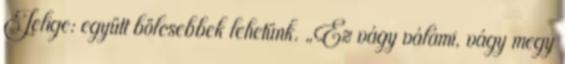
Jelige: együtt bölcsebbek lehetünk. „Ez vágy válámi, vágy megy